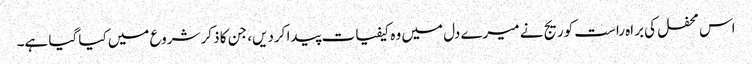
اس محفل کی براہ راست کوریج نے میرے دل میں وہ کیفیات پیدا کردیں، جن کا ذکر شروع میں کیا گیا ہے۔